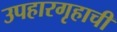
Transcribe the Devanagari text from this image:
उपहारगृहाची